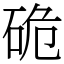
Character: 硊